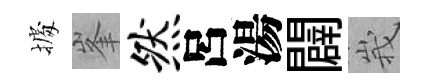
𢴃峯然呂湯闢峩